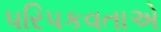
પરિપકવતાએ